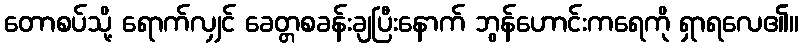
တောစပ်သို့ ရောက်လျှင် ခေတ္တစခန်းချပြီးနောက် ဘွန်ဟောင်းကရေကို ရှာရလေ၏။